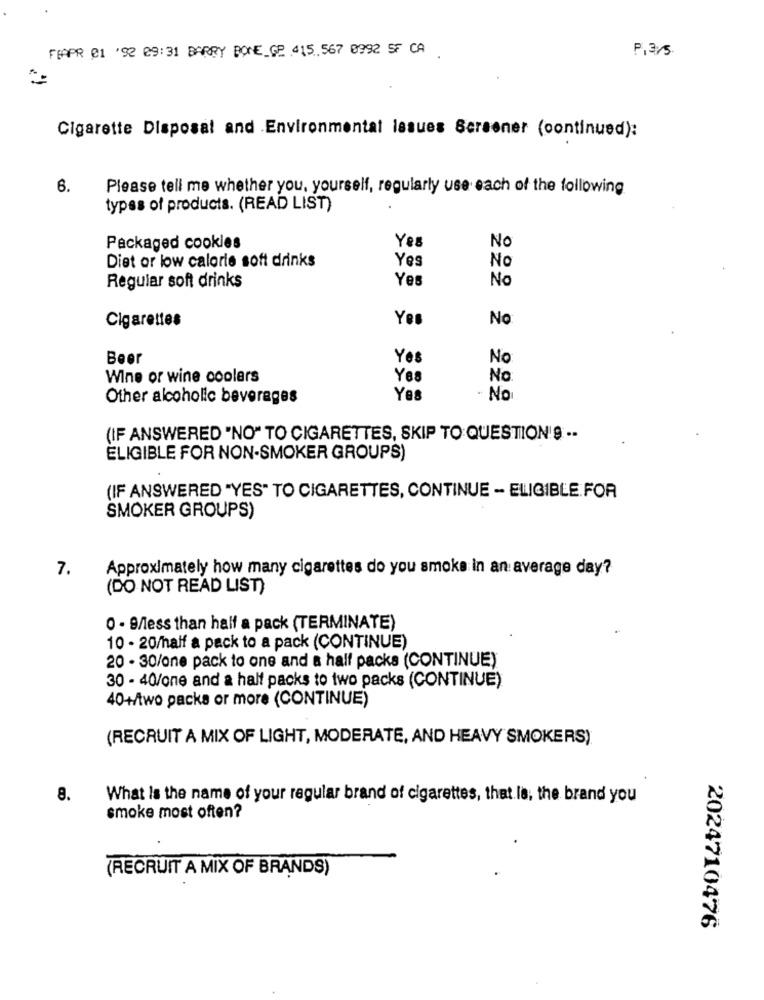
FEAPR 01 '92 09:31 BARRY BONE_GP 415,567 0992 SF CA
P13/5.
Cigarette Disposal and Environmental issues Sersener (continued):
6.
Please tell me whether you, yourself, regularly use each of the following
types of products. (READ LIST)
Yes
Packaged cookies
No
Diet or low calorie soft drinks
Yes
No
Yes
Regular soft drinks
No
Cigarettes
Yes
No
Beer
Yes
No
Wine or wine coolers
Yes
No
Other alcoholic beverages
Yes
No:
(IF ANSWERED "NO" TO CIGARETTES, SKIP TO QUESTION'9 ..
ELIGIBLE FOR NON-SMOKER GROUPS)
(IF ANSWERED "YES" TO CIGARETTES, CONTINUE - ELIGIBLE FOR
SMOKER GROUPS)
7.
Approximately how many cigarettes do you smoke in an average day?
(DO NOT READ LIST)
0 - B/less than half a pack (TERMINATE)
10 - 20/half a pack to a pack (CONTINUE)
20 - 30/one pack to one and a half packs (CONTINUE)
30 - 40/one and a half packs to two packs (CONTINUE)
40+/two packs or more (CONTINUE)
(RECRUIT A MIX OF LIGHT, MODERATE, AND HEAVY SMOKERS)
8.
What Is the name of your regular brand of cigarettes, that le, the brand you
smoke most often?
(RECRUIT A MIX OF BRANDS)
2024710476